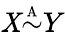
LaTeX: \mathit{X}{\overset{\underset{\mathrm{{A}}}{}}{\sim}}Y